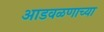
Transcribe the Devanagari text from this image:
आडवळणाच्या